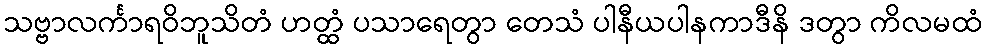
သဗ္ဗာလင်္ကာရဝိဘူသိတံ ဟတ္ထံ ပသာရေတွာ တေသံ ပါနီယပါနကာဒီနိ ဒတွာ ကိလမထံ